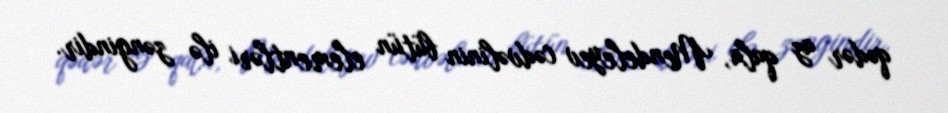
qədər az qala, Mendeleyev cədvəlinin bütün elementləri ilə zəngindir.